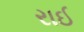
રાઈ